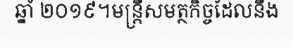
ឆ្នាំ ២០១៩។មន្ត្រីសមត្ថកិច្ចដែលនឹង